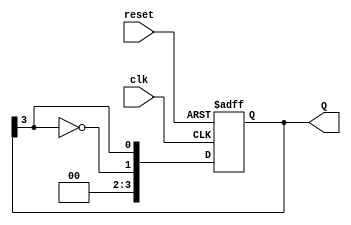
module johnson_counter #(parameter n = 4) (
    input wire clk,          // Clock input
    input wire reset,        // Asynchronous reset
    output reg [n-1:0] Q     // Output of the counter
);

// On reset, initialize the counter
always @(posedge clk or posedge reset) begin
    if (reset) begin
        Q <= {n{1'b0}};  // Set all flip-flops to 0
    end else begin
        Q <= {~Q[n-1], Q[n-1:n-1]}; // Shift and feedback
    end
end

endmodule